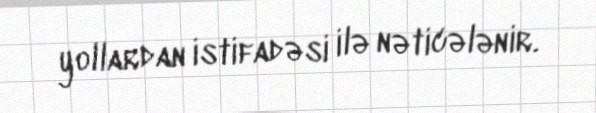
yollardan istifadəsi ilə nəticələnir.